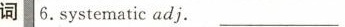
词6.Systematic adj.___________